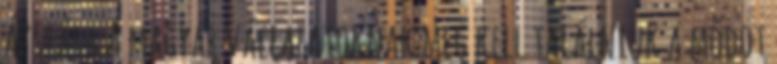
Ázsiára A magyar vállalatoknak meg kell találniuk a módot